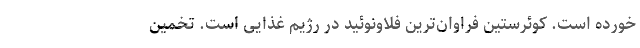
خورده است. کوئرستین فراوان‌ترین فلاونوئید در رژیم غذایی است. تخمین